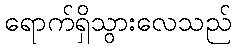
ရောက်ရှိသွားလေသည်